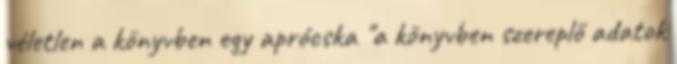
véletlen a könyvben egy aprócska "a könyvben szereplő adatok